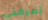
تعرفني